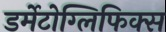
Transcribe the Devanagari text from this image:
डर्मेटोग्लिफिक्स